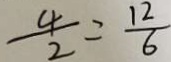
\frac { 4 } { 2 } = \frac { 1 2 } { 6 }